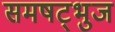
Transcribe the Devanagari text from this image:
समषट्भुज